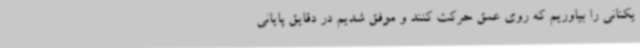
یکنانی را بیاوریم که روی عمق حرکت کنند و موفق شدیم در دقایق پایانی